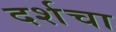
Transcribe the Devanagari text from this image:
दर्शचा